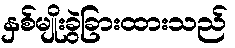
နှစ်မျိုးခွဲခြားထားသည်